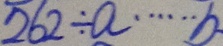
2 6 2 \div a \cdots b